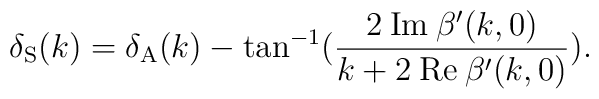
\delta_{\rm S}(k) = \delta_{\rm A}(k) -\tan^{-1}(\frac{2 \: {\rm Im} \: \beta'(k,0)}{k + 2\: {\rm Re} \: \beta'(k,0)}).